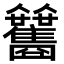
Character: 𩁰